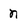
Character: n